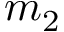
m _ { 2 }